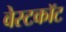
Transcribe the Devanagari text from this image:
वेस्टकॉट